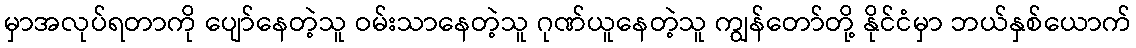
မှာအလုပ်ရတာကို ပျော်နေတဲ့သူ ဝမ်းသာနေတဲ့သူ ဂုဏ်ယူနေတဲ့သူ ကျွန်တော်တို့ နိုင်ငံမှာ ဘယ်နှစ်ယောက်